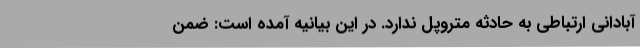
آبادانی ارتباطی به حادثه متروپل ندارد. در این بیانیه آمده است: ضمن